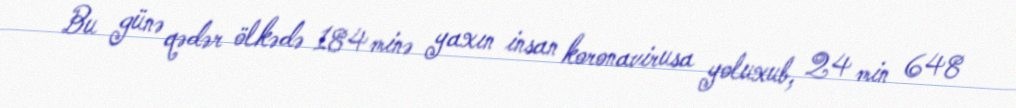
Bu günə qədər ölkədə 184 minə yaxın insan koronavirusa yoluxub, 24 min 648